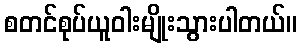
စတင်စုပ်ယူဝါးမျိုးသွားပါတယ်။